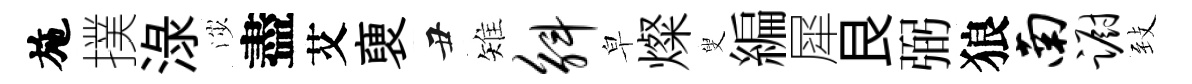
施撲渌渉盡艾褏丑雉斛皁燦叟編犀艮弼狼南蹰𦤺